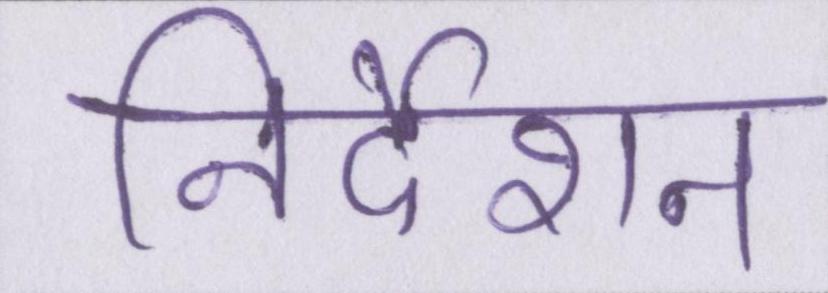
निर्देशन